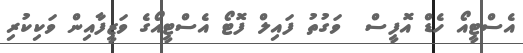
އެސްޓީއޯ ހެޑް އޮފީސް  ވަގުތު ފައިލް ފޮޓޯ އެސްޓީއޯގެ ވަޒީފާއިން ވަކިކުރި